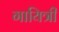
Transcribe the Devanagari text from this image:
गायित्री